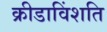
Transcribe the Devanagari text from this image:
क्रीडाविंशति